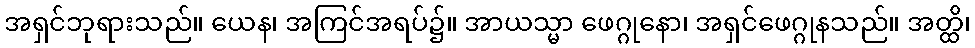
အရှင်ဘုရားသည်။ ယေန၊ အကြင်အရပ်၌။ အာယသ္မာ ဖေဂ္ဂုနော၊ အရှင်ဖေဂ္ဂုနသည်။ အတ္ထိ၊